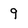
Character: 9